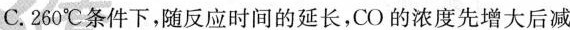
C.250^{\circ}C条件下，随反应时间的延长，CO的浓度先增大后减